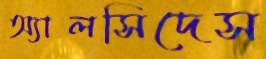
অ্যালসিদেস